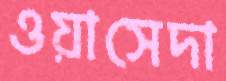
ওয়াসেদা